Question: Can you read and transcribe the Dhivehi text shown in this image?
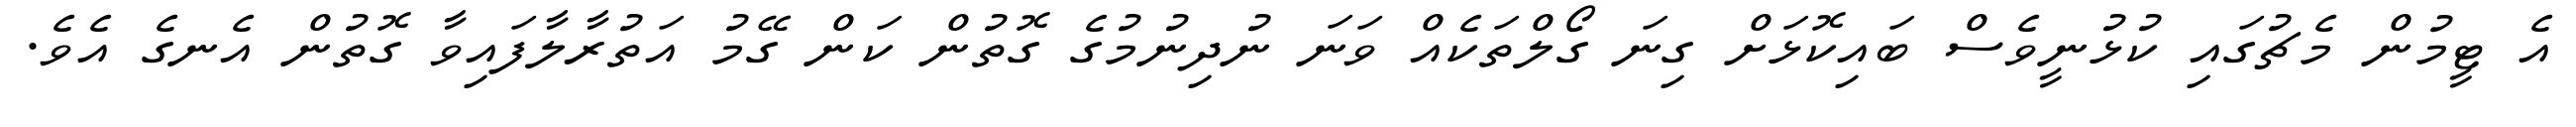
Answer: އެ ޓީމުން މެޗުގައި ކުޅުނީވެސް ބައިކޮޅަށް ގިނަ ގޯލްތަކެއް ވަނަ ނުދިނުމުގެ ގޮތުން ކަން ގޭމު އަތުރާލާފައިވާ ގޮތުން އެނގެ އެވެ.